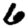
Digit: 6